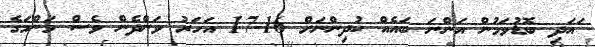
ަައަދި ބޮޑުވަމުން އަންނަ ބައެއް ކުދިންނަށް 16-17 އަހަރު ވަންދެން ވެސް މަންމަގެ